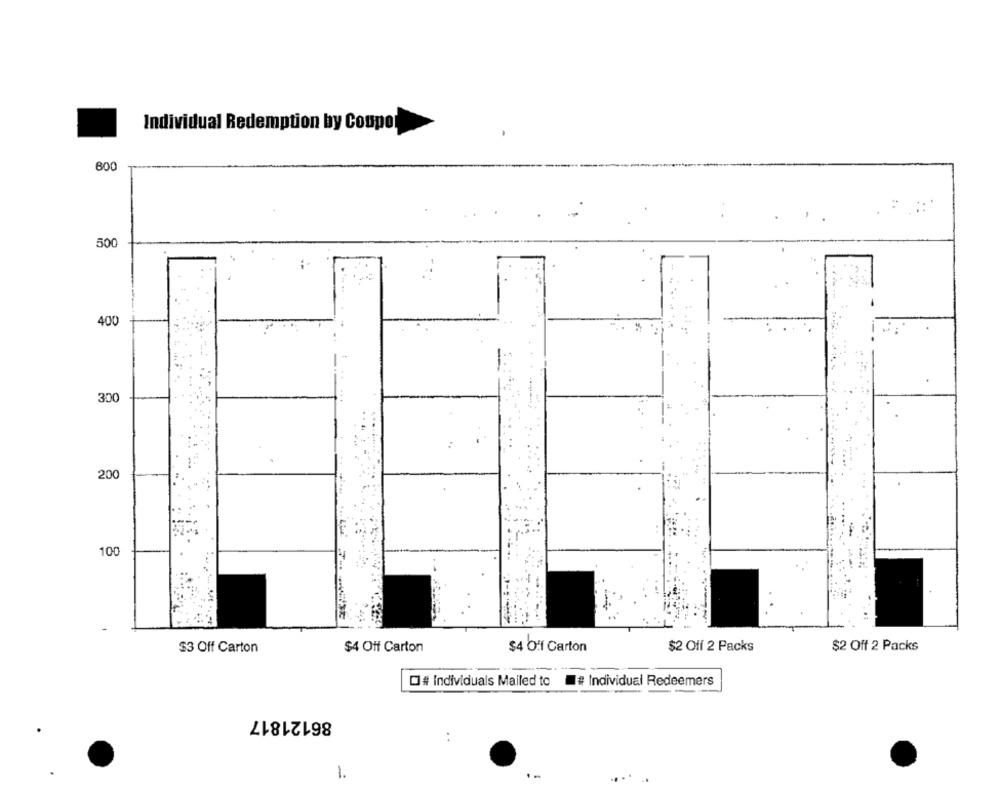
Individual Redemption by Coupo
600
500
400
300
200
100
$3 Off Carton
$4 Off Carton
$4 Off Carton
$2 Off 2 Packs
$2 Off 2 Packs
# Individuals Mailed to # Individual Redeemers
86121817
1.